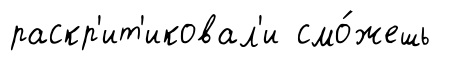
раскр'ит'иковал'и смо́жешь